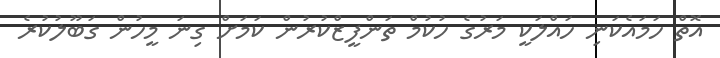
އޮތް ހަމައެކަނި ހައްލަކީ މަރުގެ ހުކުމް ތަންފީޒްކުރުން ކަމަށް ގިނަ މީހުން ގަބޫލުކުރެ